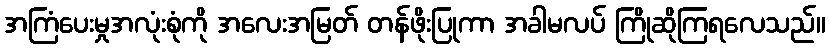
အကြံပေးမှုအလုံးစုံကို အလေးအမြတ် တန်ဖိုးပြုကာ အခါမလပ် ကြိုဆိုကြရလေသည်။